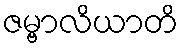
ဇမ္ဗာလိယာတိ